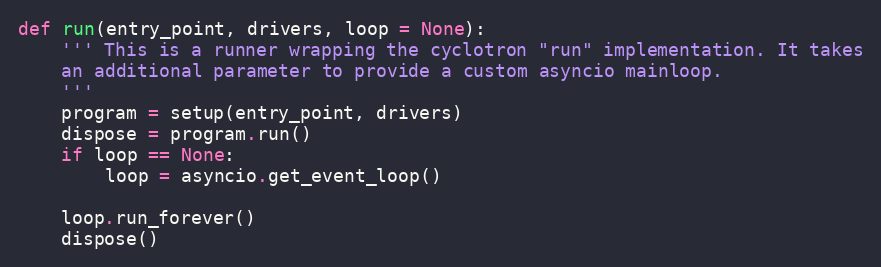
Language: Python
def run(entry_point, drivers, loop = None):
    ''' This is a runner wrapping the cyclotron "run" implementation. It takes
    an additional parameter to provide a custom asyncio mainloop.
    '''
    program = setup(entry_point, drivers)
    dispose = program.run()
    if loop == None:
        loop = asyncio.get_event_loop()

    loop.run_forever()
    dispose()